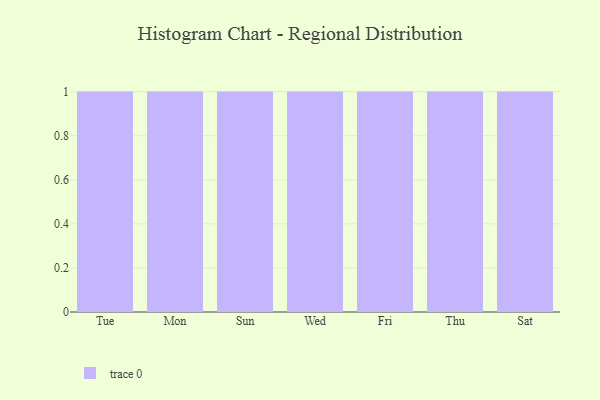
{"axis": {"x": "Day", "y": "Waste Production (Tons)"}, "legend": [""], "data": [{"x": "Tue", "y": 17, "type": ""}, {"x": "Mon", "y": 56, "type": ""}, {"x": "Sun", "y": 38, "type": ""}, {"x": "Wed", "y": 85, "type": ""}, {"x": "Fri", "y": 69, "type": ""}, {"x": "Thu", "y": 87, "type": ""}, {"x": "Sat", "y": 6, "type": ""}]}